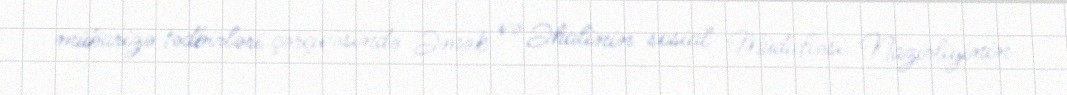
mübarizə tədbirləri çərçivəsində Əmək və Əhalinin sosial Müdafiəsi Nazirliyinin